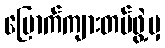
ပြောက်ကျားတပ်ဖွဲ့မှ